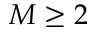
M \geq 2